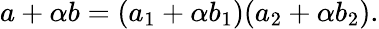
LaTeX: a+\alpha b=(a_{1}+\alpha b_{1})(a_{2}+\alpha b_{2}).